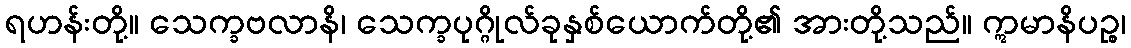
ရဟန်းတို့။ သေက္ခဗလာနိ၊ သေက္ခပုဂ္ဂိုလ်ခုနှစ်ယောက်တို့၏ အားတို့သည်။ ဣမာနိပဉ္စ၊